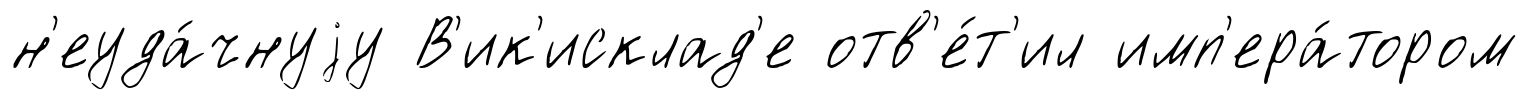
н'еуда́чнуjу В'ик'исклад'е отв'е́т'ил имп'ера́тором